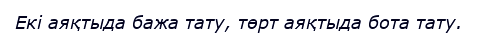
Екі аяқтыда бажа тату, төрт аяқтыда бота тату.